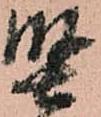
堅